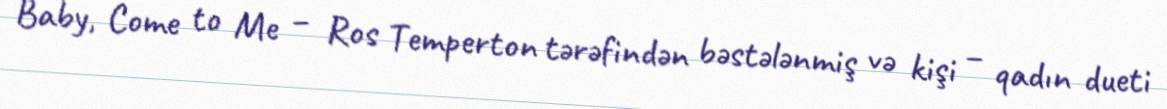
Baby, Come to Me – Ros Temperton tərəfindən bəstələnmiş və kişi – qadın dueti